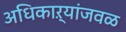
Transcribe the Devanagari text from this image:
अधिकाऱ्यांजवळ